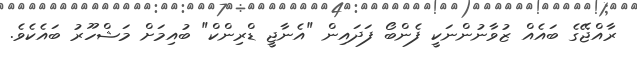
ރާއްޖޭގެ ބައެއް ޒުވާނުންނަކީ ފެންބޯ ފަދައިން "އެނާޖީ ޑްރިންކް" ބުއިމަށް މަޝްހޫރު ބައެކެވެ.